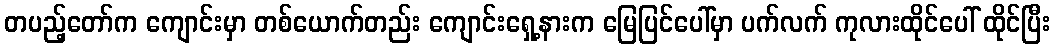
တပည့်တော်က ကျောင်းမှာ တစ်ယောက်တည်း ကျောင်းရှေ့နားက မြေပြင်ပေါ်မှာ ပက်လက် ကုလားထိုင်ပေါ် ထိုင်ပြီး